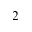
^ { 2 }